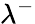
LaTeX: \lambda^{-}